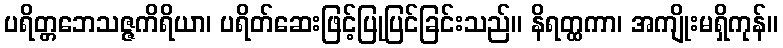
ပရိတ္တဘေသဇ္ဇကိရိယာ၊ ပရိတ်ဆေးဖြင့်ပြုပြင်ခြင်းသည်။ နိရတ္ထကာ၊ အကျိုးမရှိကုန်။